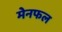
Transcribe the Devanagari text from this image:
मेनफल